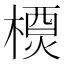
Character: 𬄇